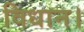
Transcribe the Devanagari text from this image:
विधान।